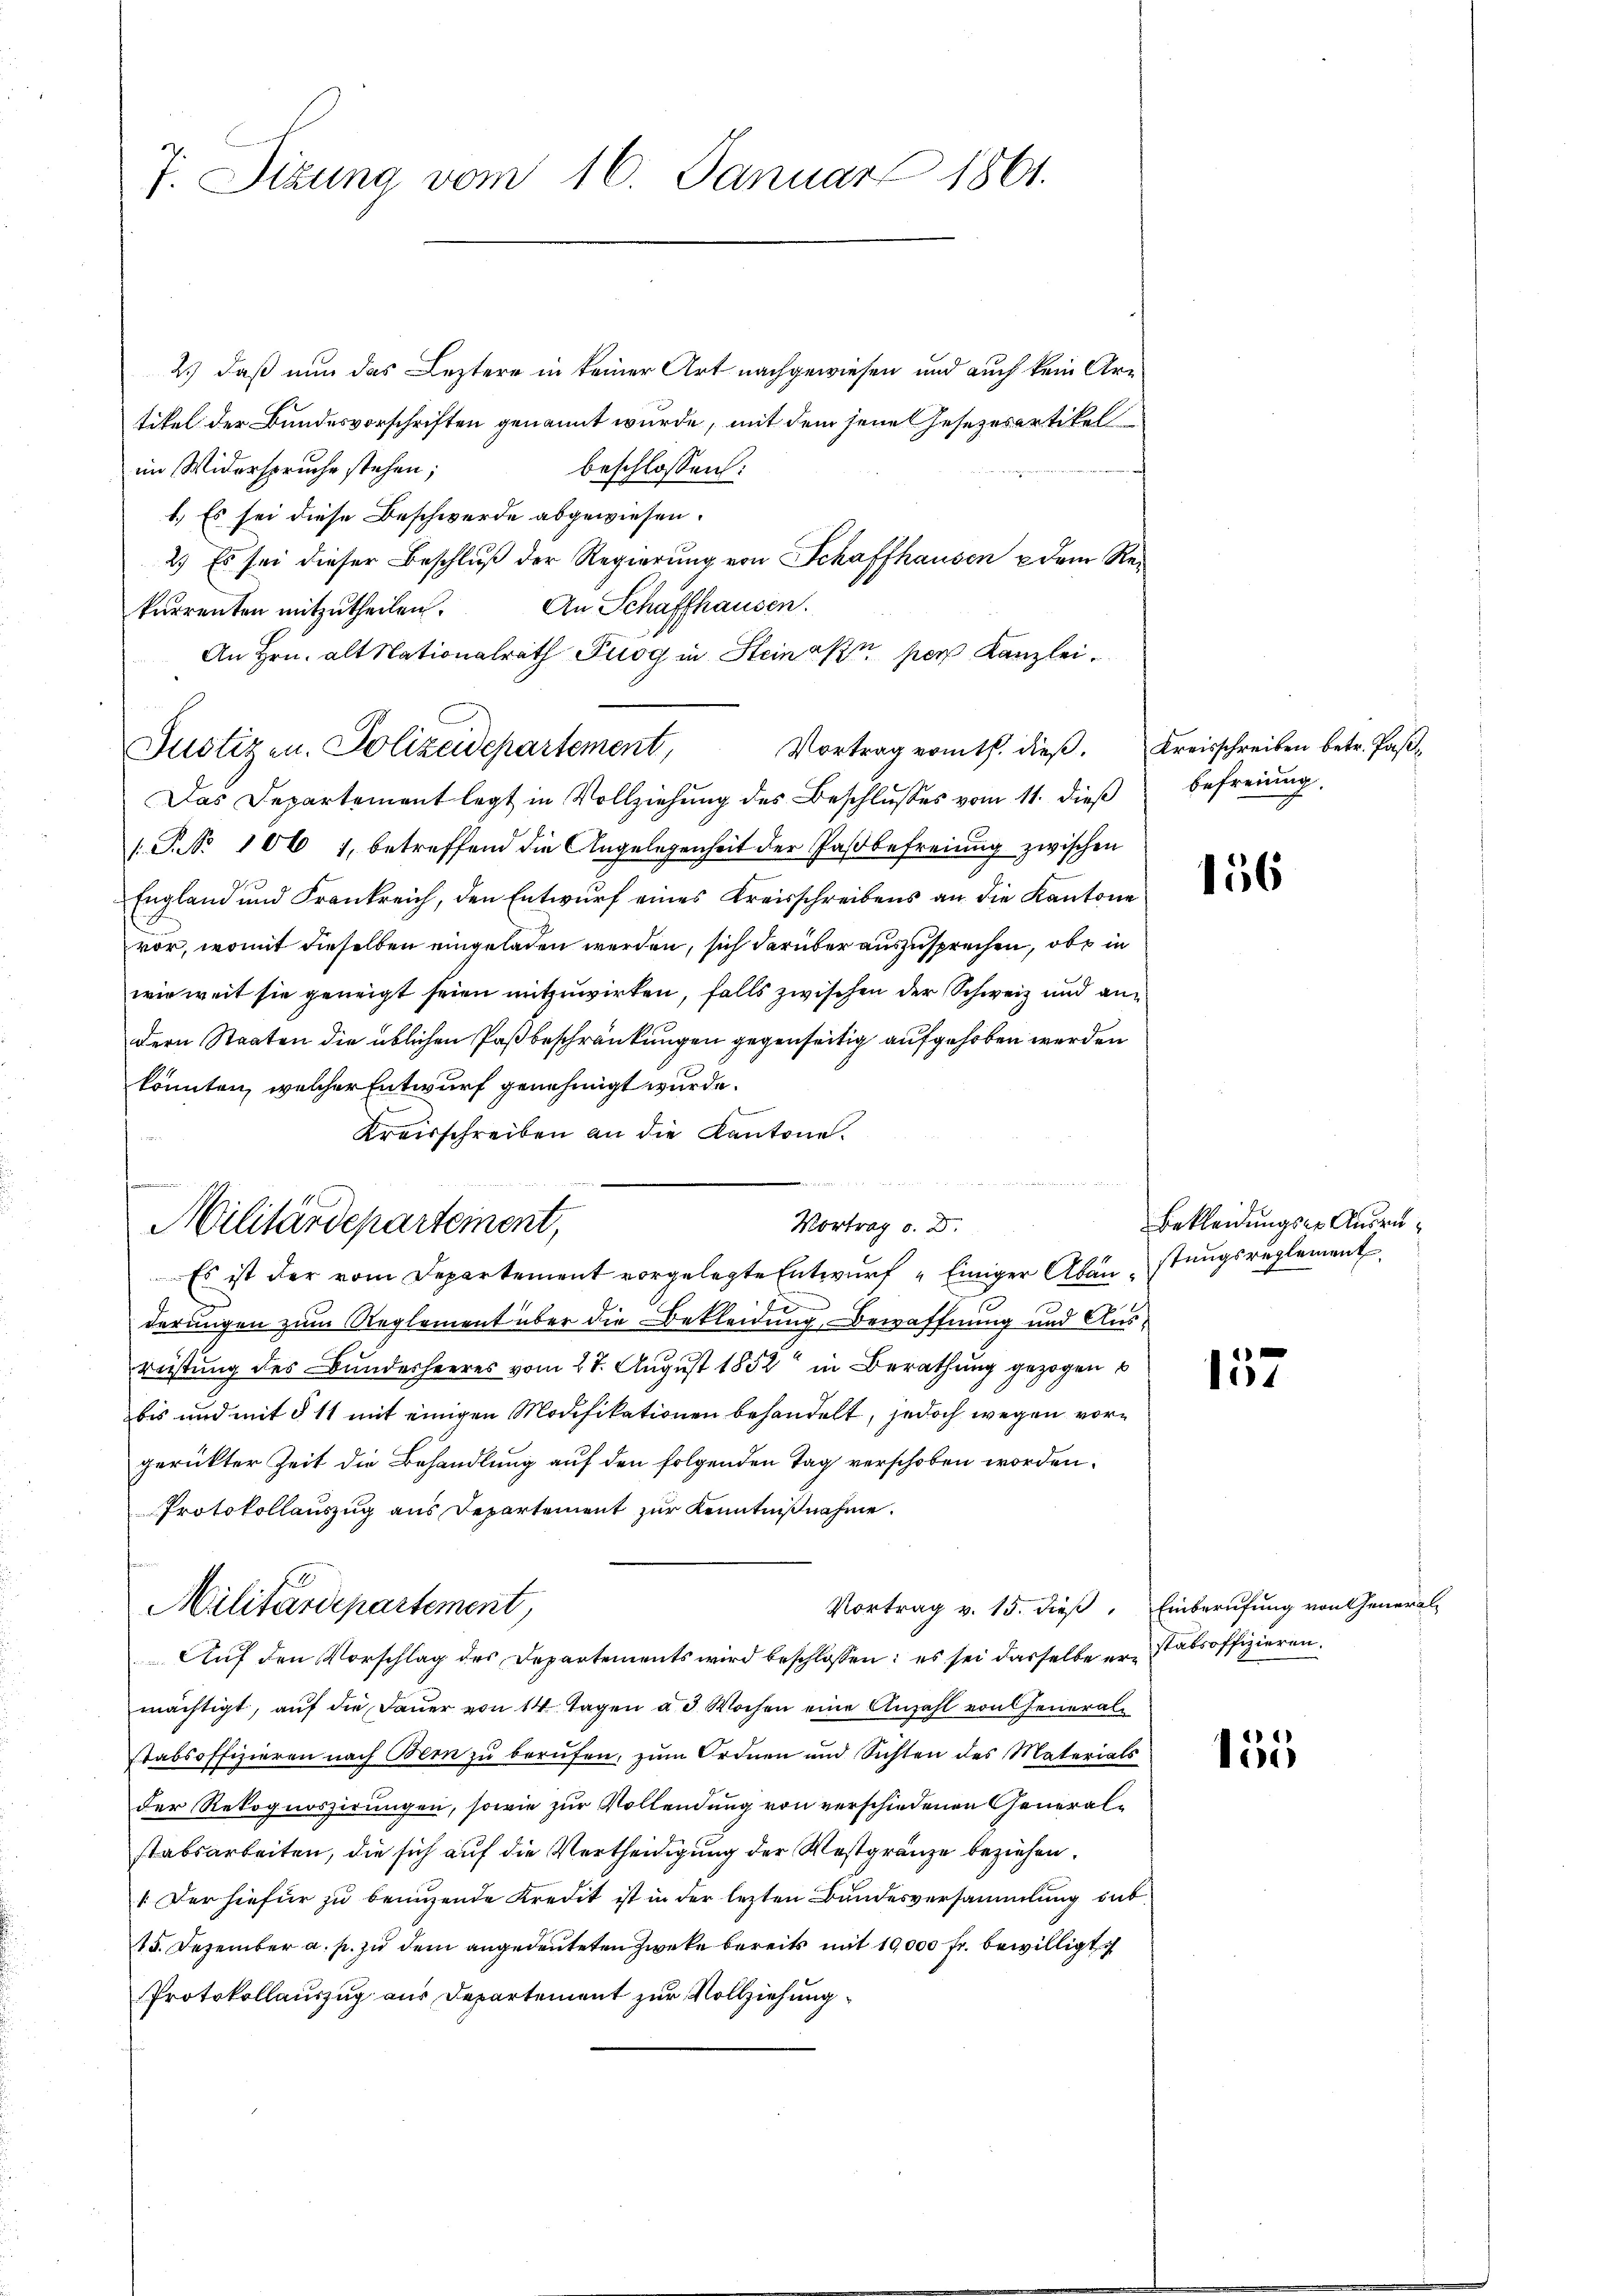
J. Sizung vom 16. Januar 1861.

2.) daß nun das Leztere in keiner Art nachgewiesen und auch kein Artikel der Bundesvorschriften genannt wurde, mit dem seine Gesezesartikel
im Widerspruche stehen;
beschlossen:
1.) Es sei diese Beschwerde abgewiesen.
2) Es sei dieser Beschluß der Regierung von Schaffhausen & dem Re¬
An Schaffhausen.
kurrenten mitzutheilen.
An Hrn. alt Nationalrath Fuog in Steinakn per Kanzlei.
Vortrag vom 16. dieβ. Kreisschreiben betr. Paß¬
Das Departement legt in Vollziehung des Beschlusses vom 11. dieß
.P. Nr. 106 1, betreffend die Angelegenheit der Paßbefreiung zwischen
England und Frankreich, den Entwurf eines Kreisschreibens an die Kantone
vor, womit dieselben eingeladen werden, sich darüber auszusprechen, ob in
wir weit sie geneigt seien mitzuwirken, falls zwischen der Schweiz und andern Staaten die üblichen Paßbeschränkungen gegenseitig aufgehoben werden
könnten, welcher Entwurf genehmigt wurde.
Kreisschreiben an die Kantone.

Justizen. Polizeidepartement,

t
Vortrag d. D.
Militärdepartement,

Militärdepartement,

befreiung.

Es ist der vom Departement vorgelegte Entwŭrf "Einiger Aban stungsreglement
derungen zum Reglement über die Bekleidung, Bewaffnung und Ausreistung des Bundesheeres vom 27. August 1852 in Berathung gezogen
bis und mit § 11 mit einigen Modifikationen behandelt, jedoch wegen vorgerückter Zeit die Behandlung auf den folgenden Tag verschoben worden.
Protokollauszug aus Departement zur Kenntnißnahme.
tan
Vortrag v. 15. dieß. Einberufung von Genera
Auf den Vorschlag des Departements wird beschlossen: es sei dasselbe er Stabsoffizieren.
mächtigt, auf die Dauer von 14 Tagen ad. Wochen eine Anzahl von Feueralstabsoffizieren nach Bern zu berufen, zum Ordnen und Sichten des Materials
der Rekognoszirungen, sowie zur Vollendung von verschiedenen Generalstabsarbeiten, die sich auf die Vertheidigung der Westgränze beziehen.
" Der hiefür zu benuzende Kredit ist in der lezten Bundesversammlung sub¬
15. Dezember a. p. zu dem angedeuteten Zwecke bereits mit 10,000 fr. bewilligt
Protokollauszug aus Departement zur Vollziehung

156

Bekleidungser Ausru¬

101

155